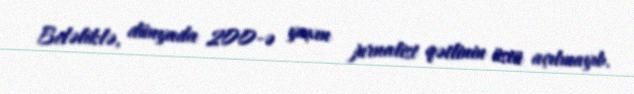
Beləliklə, dünyada 200-ə yaxın jurnalist qətlinin üstü açılmayıb.